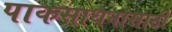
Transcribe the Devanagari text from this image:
पाकसाधनासाठी